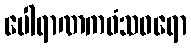
ပေါရာဏကဝံသဓရော